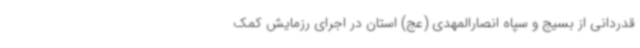
قدردانی از بسیج و سپاه انصارالمهدی (عج) استان در اجرای رزمایش کمک